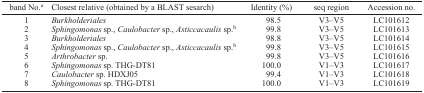
| band No.a | Closest relative (obtained by a BLAST sesarch) | Identity (%) | seq region | Accession no. |
 | --- | --- | --- | --- | --- |
 | 1 | Burkholderiales | 98.5 | V3–V5 | LC101612 |
 | 2 | Sphingomonas sp., Caulobacter sp., Asticcacaulis sp.b | 99.8 | V3–V5 | LC101613 |
 | 3 | Burkholderiales | 98.8 | V3–V5 | LC101614 |
 | 4 | Sphingomonas sp., Caulobacter sp., Asticcacaulis sp.b | 99.8 | V3–V5 | LC101615 |
 | 5 | Arthrobacter sp. | 99.8 | V3–V5 | LC101616 |
 | 6 | Sphingomonas sp. THG-DT81 | 100.0 | V1–V3 | LC101617 |
 | 7 | Caulobacter sp. HDXJ05 | 99.4 | V1–V3 | LC101618 |
 | 8 | Sphingomonas sp. THG-DT81 | 100.0 | V1–V3 | LC101619 |